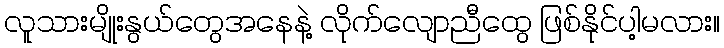
လူသားမျိုးနွယ်တွေအနေနဲ့ လိုက်လျောညီထွေ ဖြစ်နိုင်ပါ့မလား။